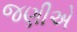
જણીએ